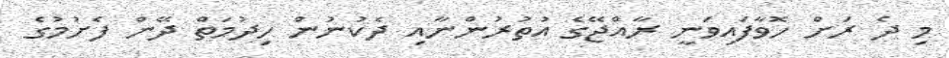
މި ދެ ރަށް ހޮވާފައިވަނީ ރާއްޖޭގެ އުތުރުންނާއި ދެކުނުން ހިދުމަތް ދޭން ފެށުމުގެ